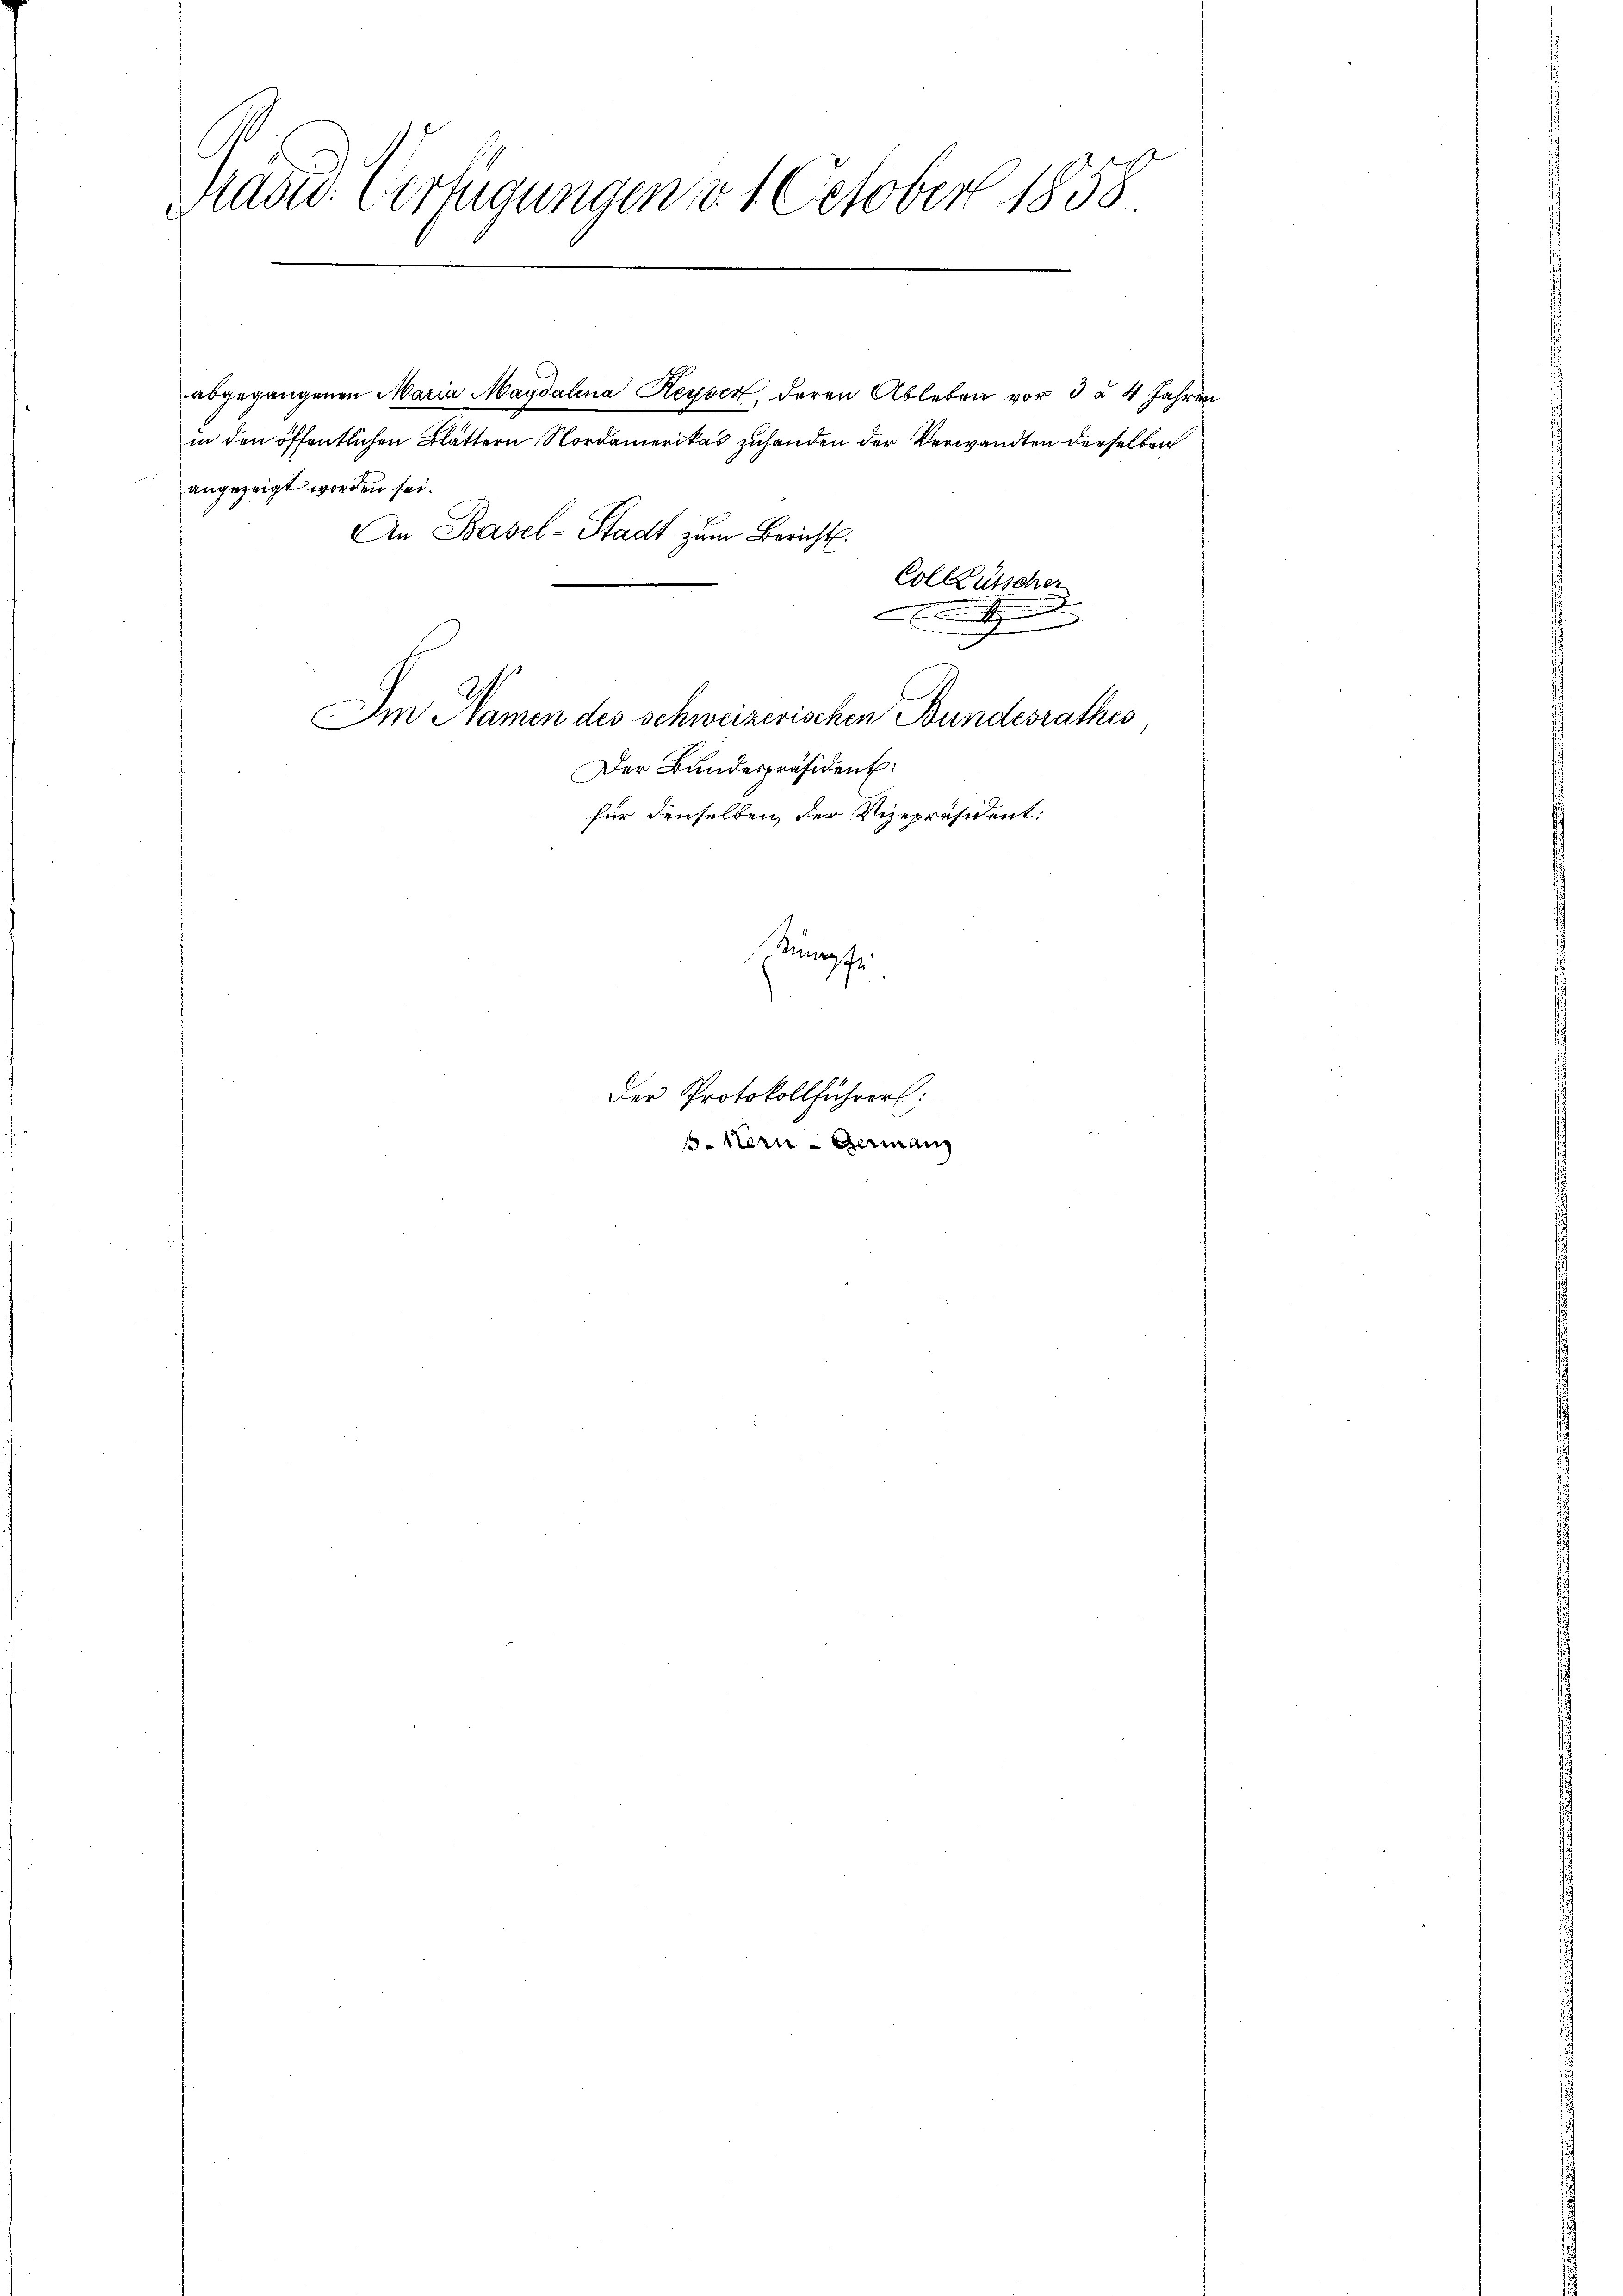
Masid. Verfügungen d. 1. October 1858

abgegangenen Maria Magdalena Reyser, deren Ableben vor d. u. 4 Jahren
in den öffentlichen Blättern Nordamerikas zuhanden der Verwandten derselben
angezeigt worden sei.
An Basel-Stadt zum Bericht.
Colktütscher
d
.
Im Namen des schweizerischen Bundesrathes
Der Bundespräsident:
für denselben der Vizepräsident:
Sumpfe

Der Protokollführer:
6. Stern - Germang